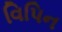
વિપિન